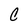
Character: C